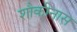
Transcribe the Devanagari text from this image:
शौकीनास